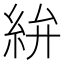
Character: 𥿋